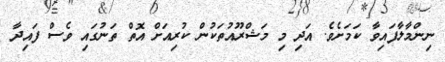
ނިންމާލާފައިވާ ކަމަށެވެ. އަދި މި މަޝްރޫއުތަކުން ކުރިއަށް އޮތް ތަނުގައި ވެސް ފައިދާ